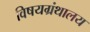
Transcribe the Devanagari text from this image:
विषयग्रंथालय